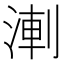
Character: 𭱆